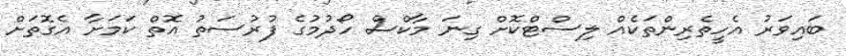
ބައިވަރު އެހީތެރިންތަކެއް ލިސްޓްކޮށް ގިނަ މާކްސް ހޯދުމުގެ ފުރުސަތު އޮތް ކަމަށާ އެގޮތަށް